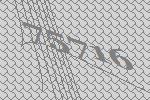
75716